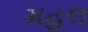
મહલ